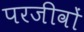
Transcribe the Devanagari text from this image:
परजीवों